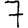
Digit: 7